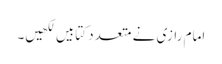
امام رازی نے متعدد کتابیں لکھیں۔